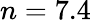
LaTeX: n=7.4